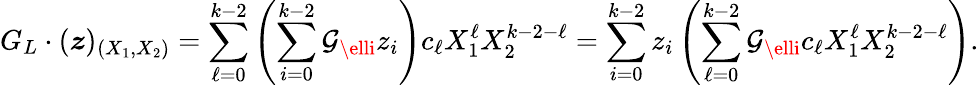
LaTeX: G_{L}\cdot(\boldsymbol{z})_{(X_{1},X_{2})}=\sum_{\ell=0}^{k-2}\left(\sum_{i=0}^{k-2}\mathcal{G}_{\elli}z_{i}\right)c_{\ell}X_{1}^{\ell}X_{2}^{k-2-\ell}=\sum_{i=0}^{k-2}z_{i}\left(\sum_{\ell=0}^{k-2}\mathcal{G}_{\elli}c_{\ell}X_{1}^{\ell}X_{2}^{k-2-\ell}\right).